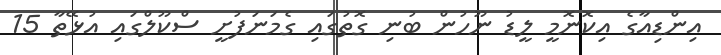
އިންޑިއާގެ އިކޮނޮމީ ލީޑު ނޫހުން ބުނި ގޮތުގައި ގެމަނަފުށީ ސްކޫލްގައި އުޅޭތާ 15